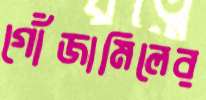
গোঁজামিলের